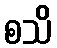
စသိ